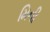
મિની